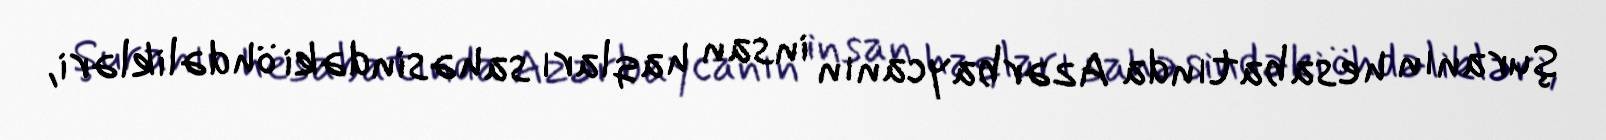
Şuranın hesabatında Azərbaycanın insan haqları sahəsindəki öhdəlikləri,